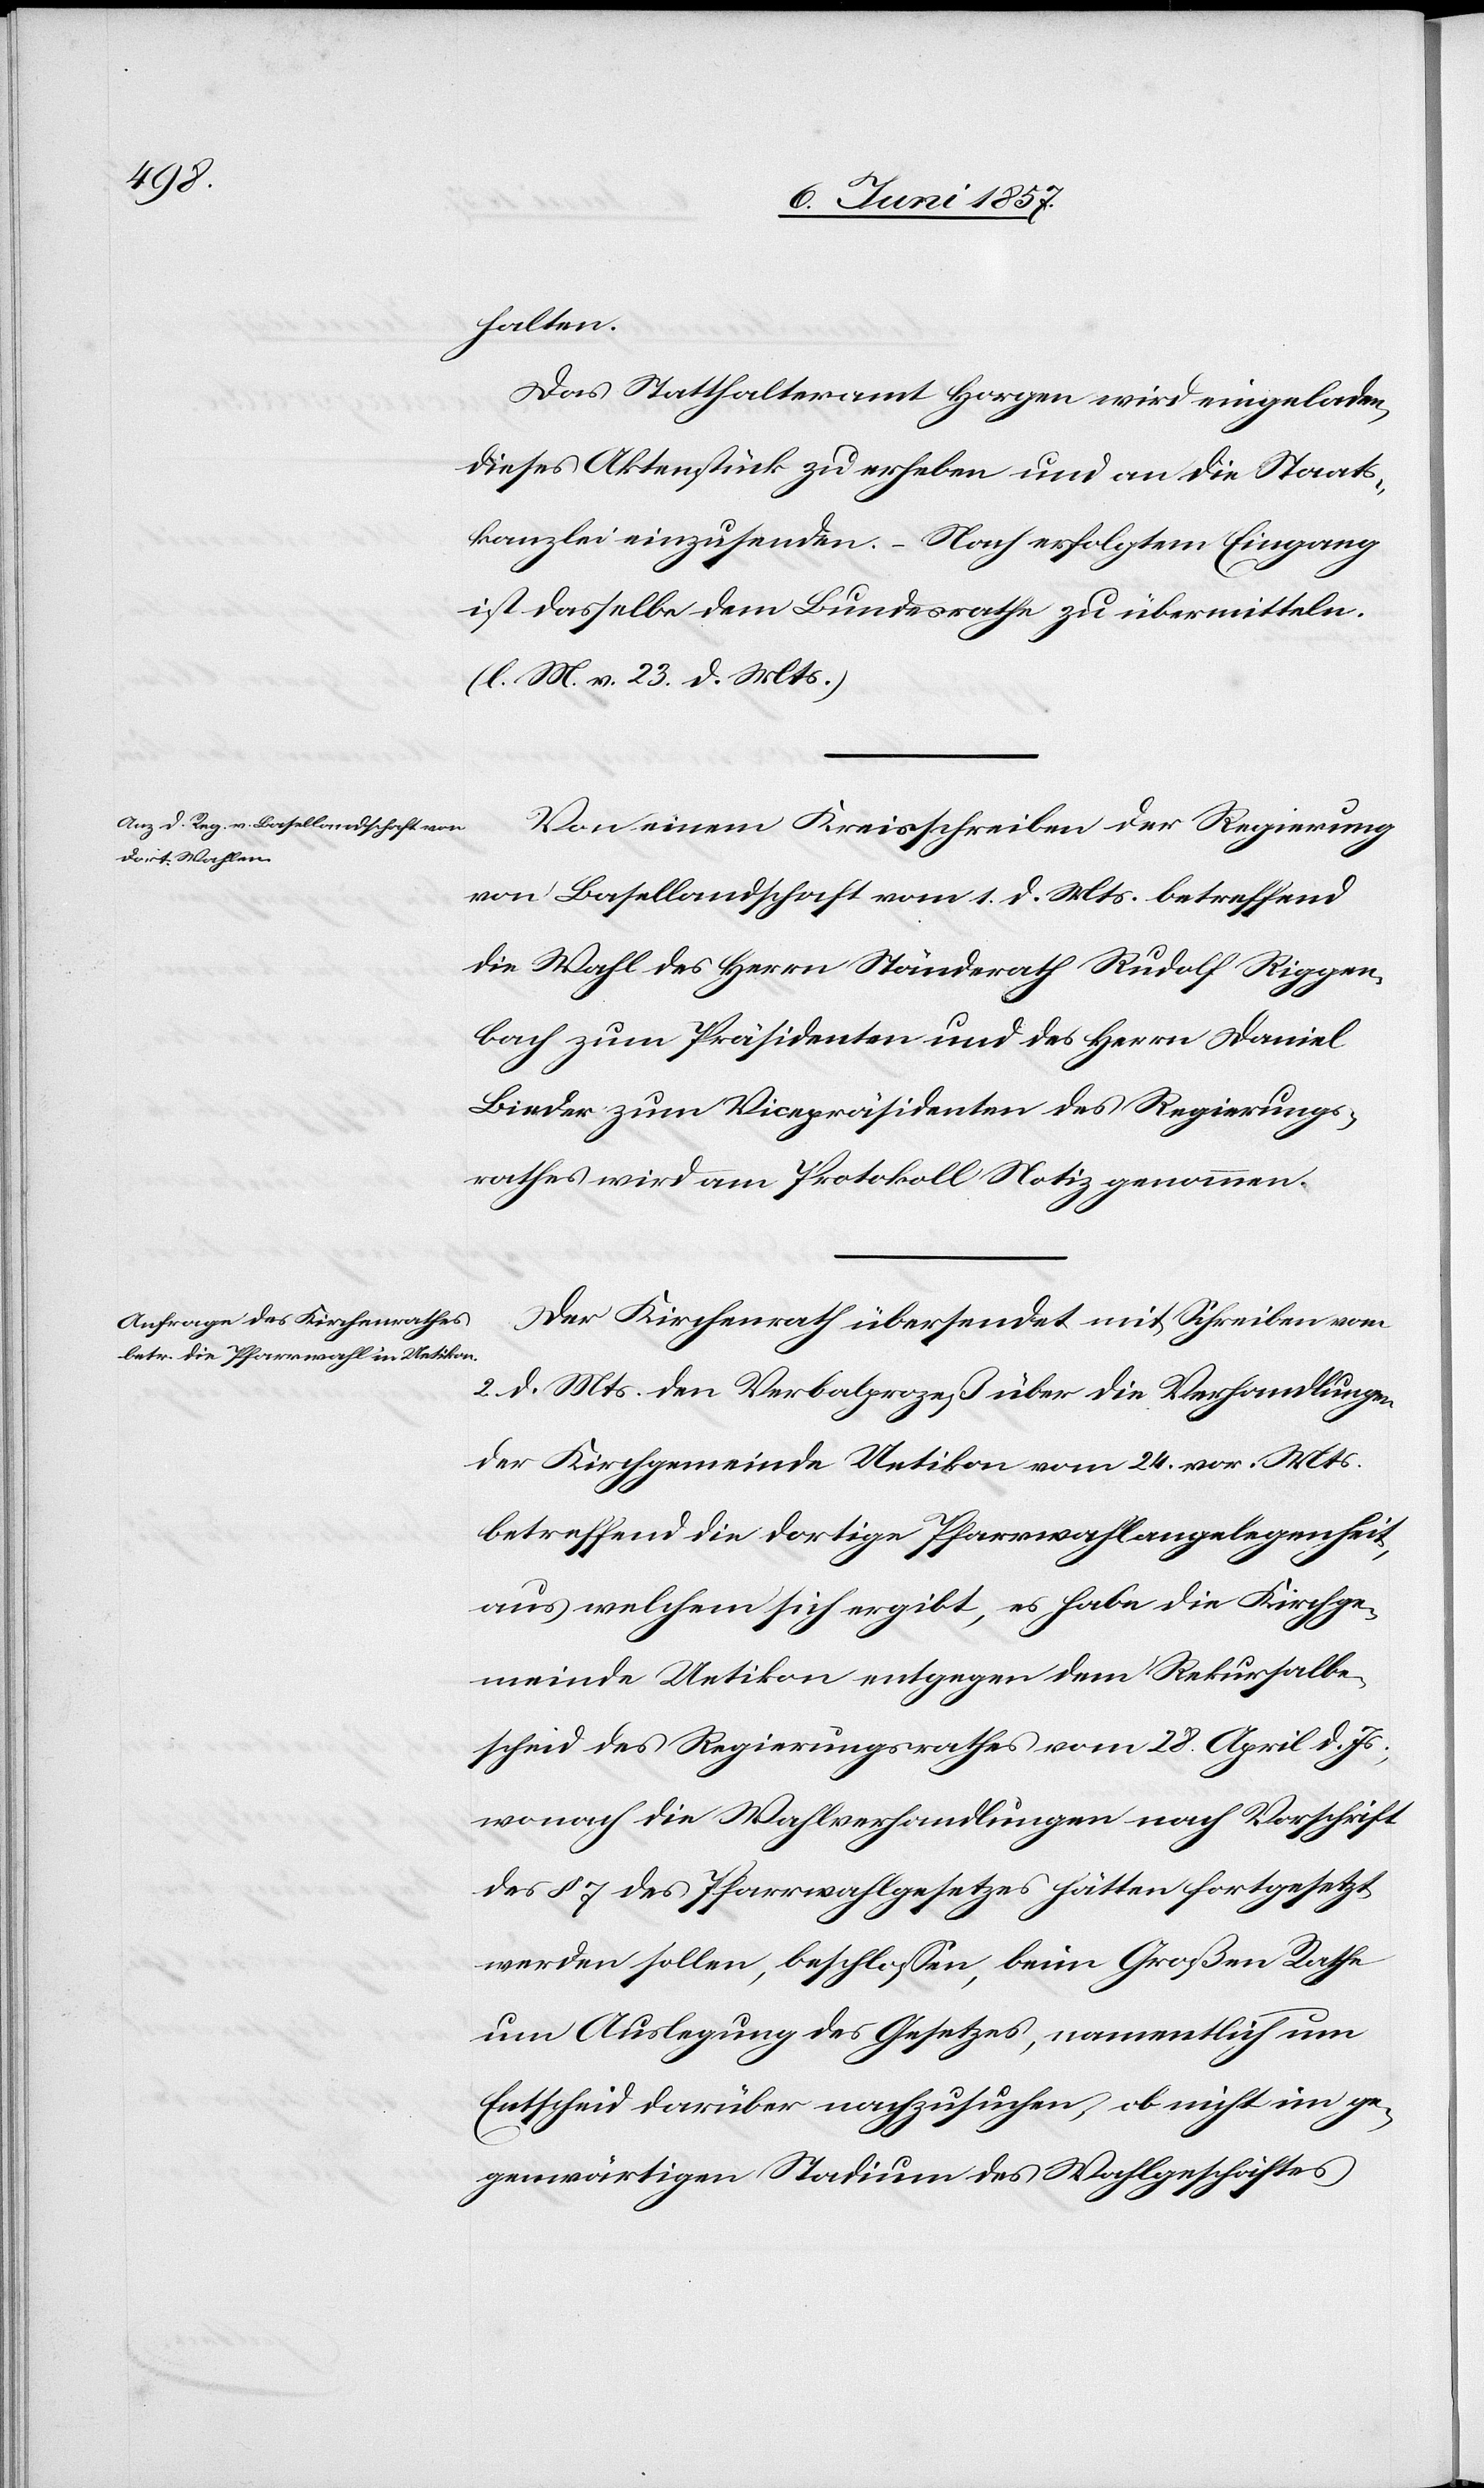
halten.
Das Statthalteramt Horgen wird eingeladen,
dieses Aktenstück zu erheben und an die Staats¬
kanzlei einzusenden. – Nach erfolgtem Eingang
ist dasselbe dem Bundesrathe zu übermitteln.
[l. M. v. 23 d. Mts.]
Von einem Kreisschreiben der Regierung
von Basellandschaft vom 1 d. Mts. betreffend
die Wahl des Herrn Ständerath Rudolf Rippen¬
bach zum Präsidenten und des Herrn Daniel
Linder zum Vicepräsidenten des Regierungs¬
rathes wird am Protokoll Notiz genommen.
Der Kirchenrath übersendet mit Schreiben vom
2 d. Mts. den Verbalprozeß über die Verhandlungen
der Kirchgemeinde Uetikon vom 24 vor. Mts.
betreffend die dortige Pfarrwahlangelegenheit,
aus welchem sich ergibt, es habe die Kirchge¬
meinde Uetikon entgegen dem Rekursalbe¬
scheid des Regierungsrathes vom 28 April d. Js.,
wonach die Wahlverhandlungen nach Vorschrift
des § 7 des Pfarrwahlgesetzes hätten fortgesetzt
werden sollen, beschlossen, beim Großen Rathe
um Auslegung des Gesetzes, namentlich um
Entscheid darüber nachzusuchen, ob nicht im ge¬
genwärtigen Stadium des Wahlgeschäftes